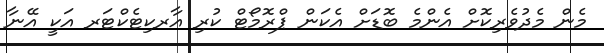
މެން މެދުވެރިކޮށް އެންމެ ބޮޑަށް އެކަން ޕްރޮމޯޓް ކުރި އާރކިޓެކްޓަރ އަކީ އޭނާ